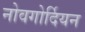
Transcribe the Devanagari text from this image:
नोवगोर्दियन